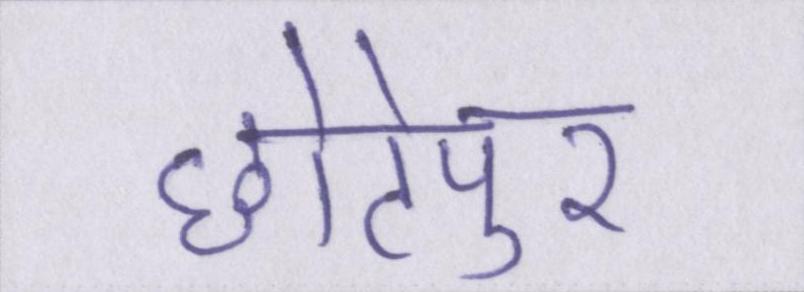
छोटेपुर